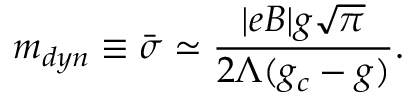
m _ { d y n } \equiv \bar { \sigma } \simeq \frac { | e B | g \sqrt { \pi } } { 2 \Lambda ( g _ { c } - g ) } .